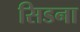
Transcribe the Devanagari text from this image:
सिडना